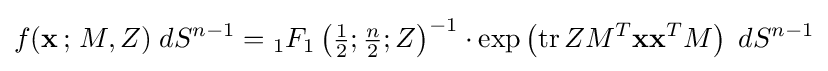
f(\mathbf {x} \,;\,M,Z)\;dS^{n-1}={}_{1}F_{1}\left({\tfrac {1}{2}};{\tfrac {n}{2}};Z\right)^{-1}\cdot \exp \left(\operatorname {tr} ZM^{T}\mathbf {x} \mathbf {x} ^{T}M\right)\;dS^{n-1}